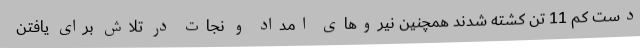
دست کم 11 تن کشته شدند همچنین نیروهای امداد و نجات در تلاش برای یافتن